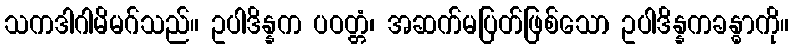
သကဒါဂါမိမဂ်သည်။ ဥပါဒိန္နက ပဝတ္တံ၊ အဆက်မပြတ်ဖြစ်သော ဥပါဒိန္နကခန္ဓာကို။